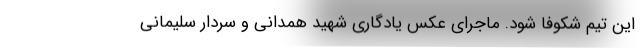
این تیم شکوفا شود. ماجرای عکس یادگاری شهید همدانی و سردار سلیمانی